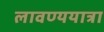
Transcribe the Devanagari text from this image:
लावण्ययात्रा